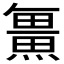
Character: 𭻯